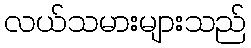
လယ်သမားများသည်